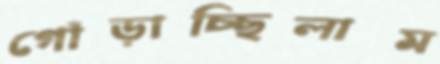
গোঁড়াচ্ছিলাম